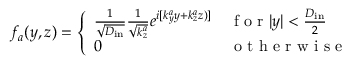
f _ { a } ( y , z ) = \left\{ \begin{array} { l l } { \frac { 1 } { \sqrt { D _ { \mathrm { i n } } } } \frac { 1 } { \sqrt { k _ { z } ^ { a } } } e ^ { i [ k _ { y } ^ { a } y + k _ { z } ^ { a } z ) ] } } & { \mathrm { ~ f ~ o ~ r ~ } | y | < \frac { D _ { \mathrm { i n } } } { 2 } } \\ { 0 } & { \mathrm { ~ o ~ t ~ h ~ e ~ r ~ w ~ i ~ s ~ e ~ } } \end{array} \right.